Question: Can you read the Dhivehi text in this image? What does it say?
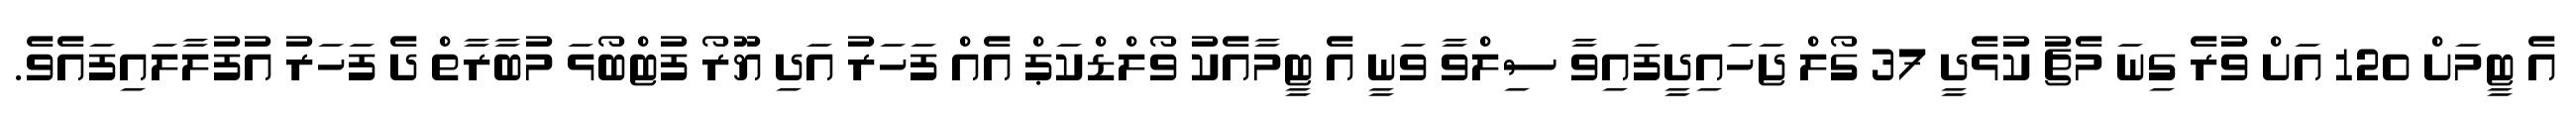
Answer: އެ ޓީމަށް 120 އަށް ވުރެ ގިނަ މެޗު ކުޅެދީ 37 ގޯލް ޖަހައިދީފައިވާ ސިލްވާ ވަނީ އެ ޓީމާއެކު ވޯލްޑްކަޕް އެއް ފަހަރު އަދި ޔޫރޯ ފުޓްބޯޅަ މުބާރާތް ދެ ފަހަރު އުފުލާލައިފައެވެ.